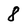
Character: 8